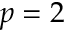
p = 2